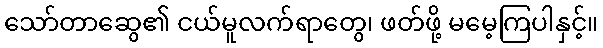
သော်တာဆွေ၏ ငယ်မူလက်ရာတွေ၊ ဖတ်ဖို့ မမေ့ကြပါနှင့်။